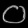
Digit: ၀